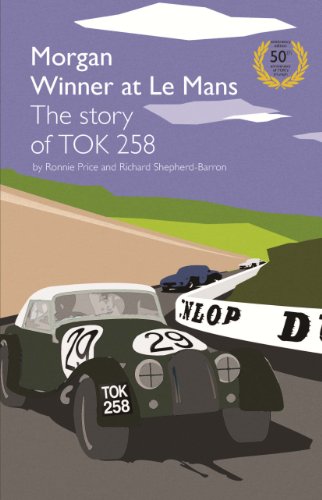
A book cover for Morgan Winner at Le Mans 1962 the Story of Tok258: Golden Anniversary Edition; Ronnie Price; Sports & Outdoors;